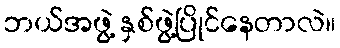
ဘယ်အဖွဲ့ နှစ်ဖွဲ့ပြိုင်နေတာလဲ။